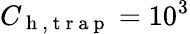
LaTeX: C_{\mathrm{~h~,~t~r~a~p~}}=10^{3}